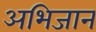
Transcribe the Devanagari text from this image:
अभिजान